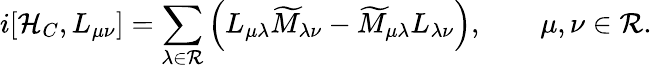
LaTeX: i[{\cal H}_{C},L_{\mu\nu}]=\sum_{\lambda\in{\cal R}}\left(L_{\mu\lambda}\widetilde{M}_{\lambda\nu}-\widetilde{M}_{\mu\lambda}L_{\lambda\nu}\right),\qquad\mu,\nu\in{\cal R}.